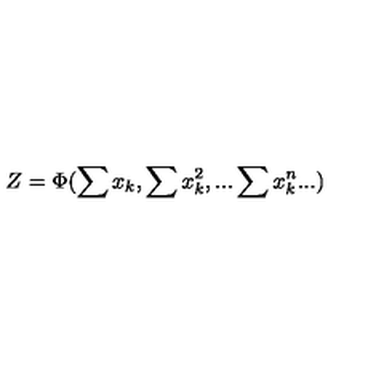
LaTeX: Z = \Phi ( \sum x _ { k } , \sum x _ { k } ^ { 2 } , . . . \sum x _ { k } ^ { n } . . . )